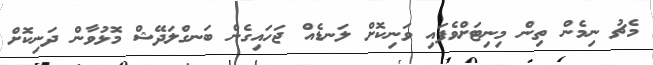
މެޗު ނިމެން ތިން މިނިޓަށްވެފައި ވަނިކޮށް ލަނޑެއް ޖަހައިގެން ބަނގްލަދޭޝް މޮޅުވާން ދަނިކޮށް